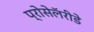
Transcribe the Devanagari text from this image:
प्रोसेलॅरीडे